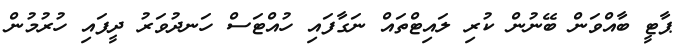
ޕާޓީ ބާއްވަން ބޭނުން ކުރި ލައިޓްތައް ނަގާފައި ހުއްޓަސް ހަނދުވަރު ދީފައި ހުރުމުން